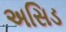
અસિડ